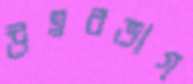
উত্তরভাগ